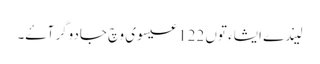
لیندے ایشاء توں 122 عیسوی وچ جادوگر آۓ۔